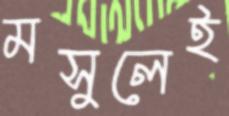
মসুলেই